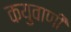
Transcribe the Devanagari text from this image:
कयुवाणी